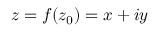
z = f ( z _ { 0 } ) = x + i y